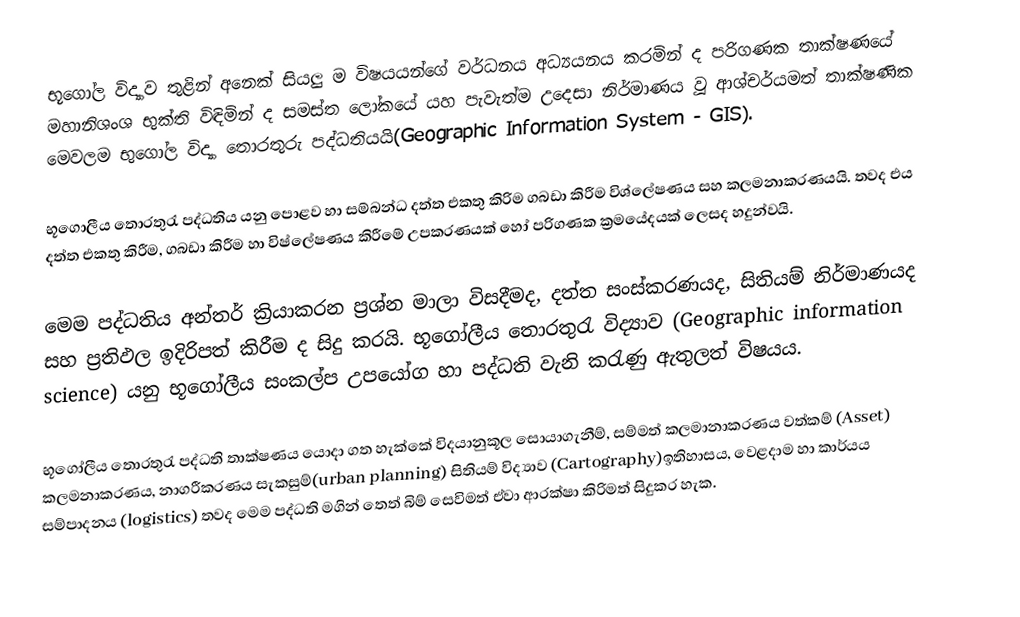
භූගෝල විද්‍යාව තුළින් අනෙක් සියලු ම විෂයයන්ගේ වර්ධනය අධ්‍යයනය කරමින් ද පරිගණක තාක්ෂණයේ මහානිශංශ භුක්ති විඳිමින් ද ‍සමස්ත ලෝකයේ යහ පැවැත්ම උ‍දෙසා නිර්මාණය වූ ආශ්චර්යමත් තාක්ෂණික මෙවලම භුගෝල විද්‍යා තොරතුරු පද්ධතියයි(Geographic Information System - GIS).

භූ‍ගොලීය තොරතුරැ පද්ධතිය යනු පොළව හා සම්බන්ධ දත්ත එකතු කිරිම ගබඩා කිරීම විශ්ලේෂණය සහ කලමනාකරණයයි. තවද එය දත්ත එකතු කිරීම, ගබඩා කිරීම හා විෂ්ලේෂණය කිරීමේ ‍උපකරණයක් හෝ පරිගණක ක්‍රමයේදයක් ලෙසද හදුන්වයි.

මෙම පද්ධතිය අන්තර් ක්‍රියාකරන ප්‍රශ්න මාලා විසදීමද, දත්ත සංස්කරණයද, සිතියම් නිර්මාණයද සහ ප්‍රතිඵල ඉදිරිපත් කිරීම ද සිදු කරයි. භූගෝලීය තොරතුරැ විද්‍යාව (Geographic information science) යනු භූගෝලීය සංකල්ප උපයෝග හා පද්ධති වැනි කරැණු ඇතුලත් විෂයය.

භූගෝලීය තොරතුරැ පද්ධති තාක්ෂණය යොදා ගත හැක්කේ විදයානුකූල සොයාගැනීම්, සම්මත් කලමානාකරණය වත්කම් (Asset) කලමනාකරණය, නාගරීකරණය සැකසුම්(urban planning)  සිතියම් විද්‍යාව (Cartography)ඉතිහාසය, වෙළදාම හා කාර්යය සම්පාදනය  (logistics) තවද මෙම පද්ධති මගින් තෙත් බිම් සෙවිමත් ඒවා ආරක්ෂා කිරිමත් සිදුකර හැක.